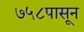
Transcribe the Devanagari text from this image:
७५८पासून